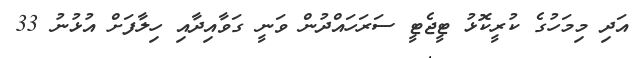
އަދި މިމަހުގެ ކުރީކޮޅު ޓީޖެޓީ ސަރަހައްދުން ވަނީ ގަވާއިދާއި ހިލާފަށް އުޅުނު 33